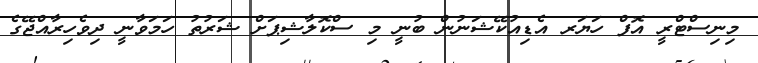
މިނިސްޓްރީ އޮފް ހަޔަރ އެޑިއުކޭޝަނުން ބުނީ މި ސްކޮލާޝިޕަށް ޝަރުތު ހަމަވާނީ ދިވެހިރާއްޖޭގެ